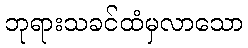
ဘုရားသခင်ထံမှလာသော